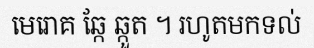
មេរោគ ឆ្កែ ឆ្កួត ។ រហូតមកទល់